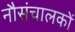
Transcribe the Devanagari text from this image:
नौसंचालकों